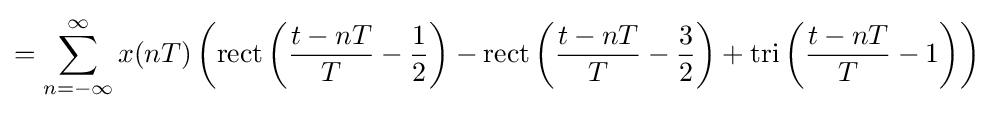
=\sum _{n=-\infty }^{\infty }x(nT)\left(\mathrm {rect} \left({\frac {t-nT}{T}}-{\frac {1}{2}}\right)-\mathrm {rect} \left({\frac {t-nT}{T}}-{\frac {3}{2}}\right)+\mathrm {tri} \left({\frac {t-nT}{T}}-1\right)\right)\